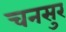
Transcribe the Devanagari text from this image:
चनसुर